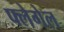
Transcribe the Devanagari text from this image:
फ्लेगेल